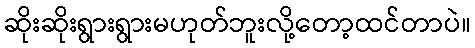
ဆိုးဆိုးရွားရွားမဟုတ်ဘူးလို့တော့ထင်တာပဲ။